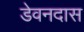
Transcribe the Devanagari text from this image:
डेवनदास